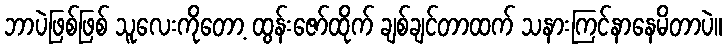
ဘာပဲဖြစ်ဖြစ် သူလေးကိုတော့ ထွန်းဇော်ထိုက် ချစ်ချင်တာထက် သနားကြင်နာနေမိတာပဲ။